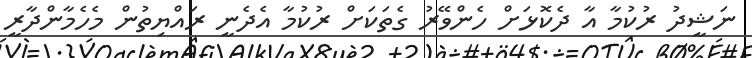
ނަޝީދު ރުކުމާ އާ ދެކޮޅަށް ހެންވޭރު ގެތަކަށް ރުކުމާ އެދެނީ ރައްޔިތުން މެހެމާންދާރީ